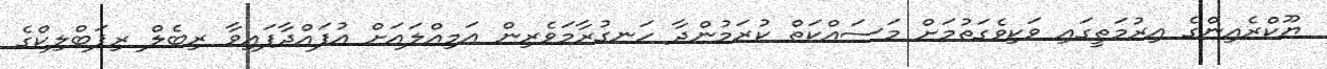
ޔޫކްރެއިންގެ އިރުމަތީގައި ވަކިވެގަތުމަށް މަސައްކަތް ކުރަމުންދާ ހަނގުރާމަވެރިން އަމިއްލައަށް އުފައްދާފައިވާ ރިބެލް ރިޕަބްލިކްގެ